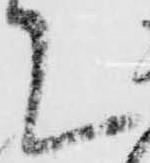
て